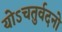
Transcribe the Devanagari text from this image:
योऽचतुर्वदनो